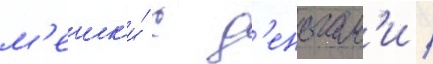
м'ешк'и́ с д'еньгам'и /